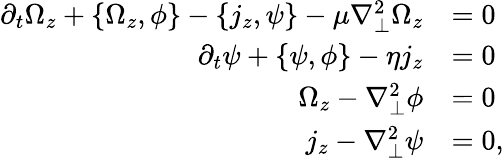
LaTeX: \begin{array}{rl}{\partial_{t}\Omega_{z}+\left\{ \Omega_{z},\phi\right\} -\left\{ j_{z},\psi\right\} -\mu\nabla_{\perp}^{2}\Omega_{z}}&{=0}\\ {\partial_{t}\psi+\left\{ \psi,\phi\right\} -\eta j_{z}}&{=0}\\ {\Omega_{z}-\nabla_{\perp}^{2}\phi}&{=0}\\ {j_{z}-\nabla_{\perp}^{2}\psi}&{=0,}\end{array}